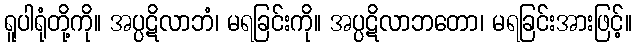
ရူပါရုံတို့ကို။ အပ္ပဋိလာဘံ၊ မရခြင်းကို။ အပ္ပဋိလာဘတော၊ မရခြင်းအားဖြင့်။